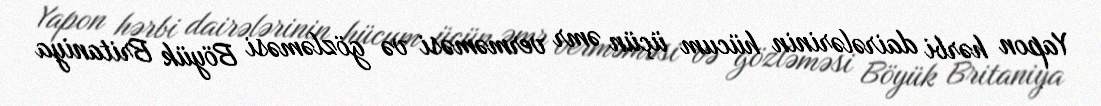
Yapon hərbi dairələrinin hücum üçün əmr verməməsi və gözləməsi Böyük Britaniya